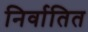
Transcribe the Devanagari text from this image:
निर्वातित